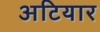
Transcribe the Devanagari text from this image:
अटियार